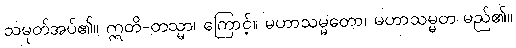
သမုတ်အပ်၏။ ဣတိ-တသ္မာ၊ ကြောင့်။ မဟာသမ္မတော၊ မဟာသမ္မတ မည်၏။